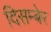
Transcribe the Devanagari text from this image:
दिसम्बेर